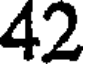
42